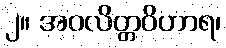
၂။ အဝလိတ္တဝိဟာရ၊